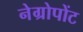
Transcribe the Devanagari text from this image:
नेग्रोपोंट